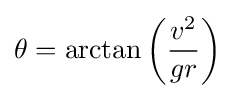
\theta =\arctan \left({\frac {v^{2}}{gr}}\right)